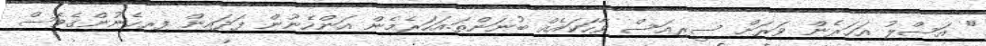
" އަސްލު އަހަރެން ވަރަށް ސީރިއަސް ވާހަކައެއް ބުނަންތަ.އަހަރެމެން އަންހެނުން ފަދައިން ފިރިހެނުންގެވެސް